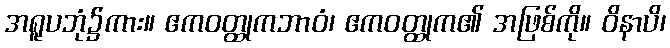
အရူပဘုံ၌ကား။ ဧကဝတ္ထုကဘာဝံ၊ ဧကဝတ္ထုက၏ အဖြစ်ကို။ ဝိနာပိ၊